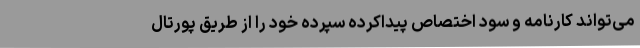
می‌تواند کارنامه و سود اختصاص پیداکرده سپرده خود را از طریق پورتال